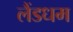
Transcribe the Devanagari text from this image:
लैंडधम